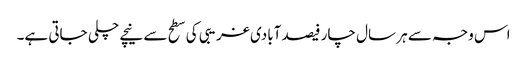
اس وجہ سے ہر سال چار فیصد آبادی غریبی کی سطح سے نیچے چلی جاتی ہے۔